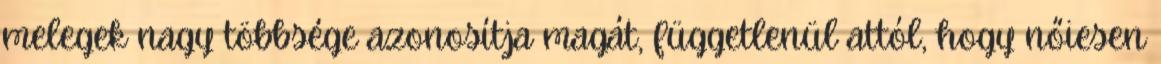
melegek nagy többsége azonosítja magát, függetlenül attól, hogy nőiesen